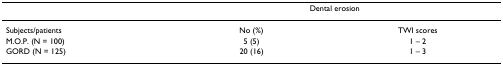
<table><thead><tr><td>[EMPTY_CELL]</td><td colspan="2"><b>Dental erosion</b></td></tr></thead><tbody><tr><td>Subjects/patients</td><td>No (%)</td><td>TWI scores</td></tr><tr><td>M.O.P. (N = 100)</td><td>5 (5)</td><td>1 – 2</td></tr><tr><td>GORD (N = 125)</td><td>20 (16)</td><td>1 – 3</td></tr></tbody></table>